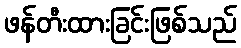
ဖန်တီးထားခြင်းဖြစ်သည်